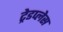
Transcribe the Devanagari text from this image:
ट्रेडप्लेस